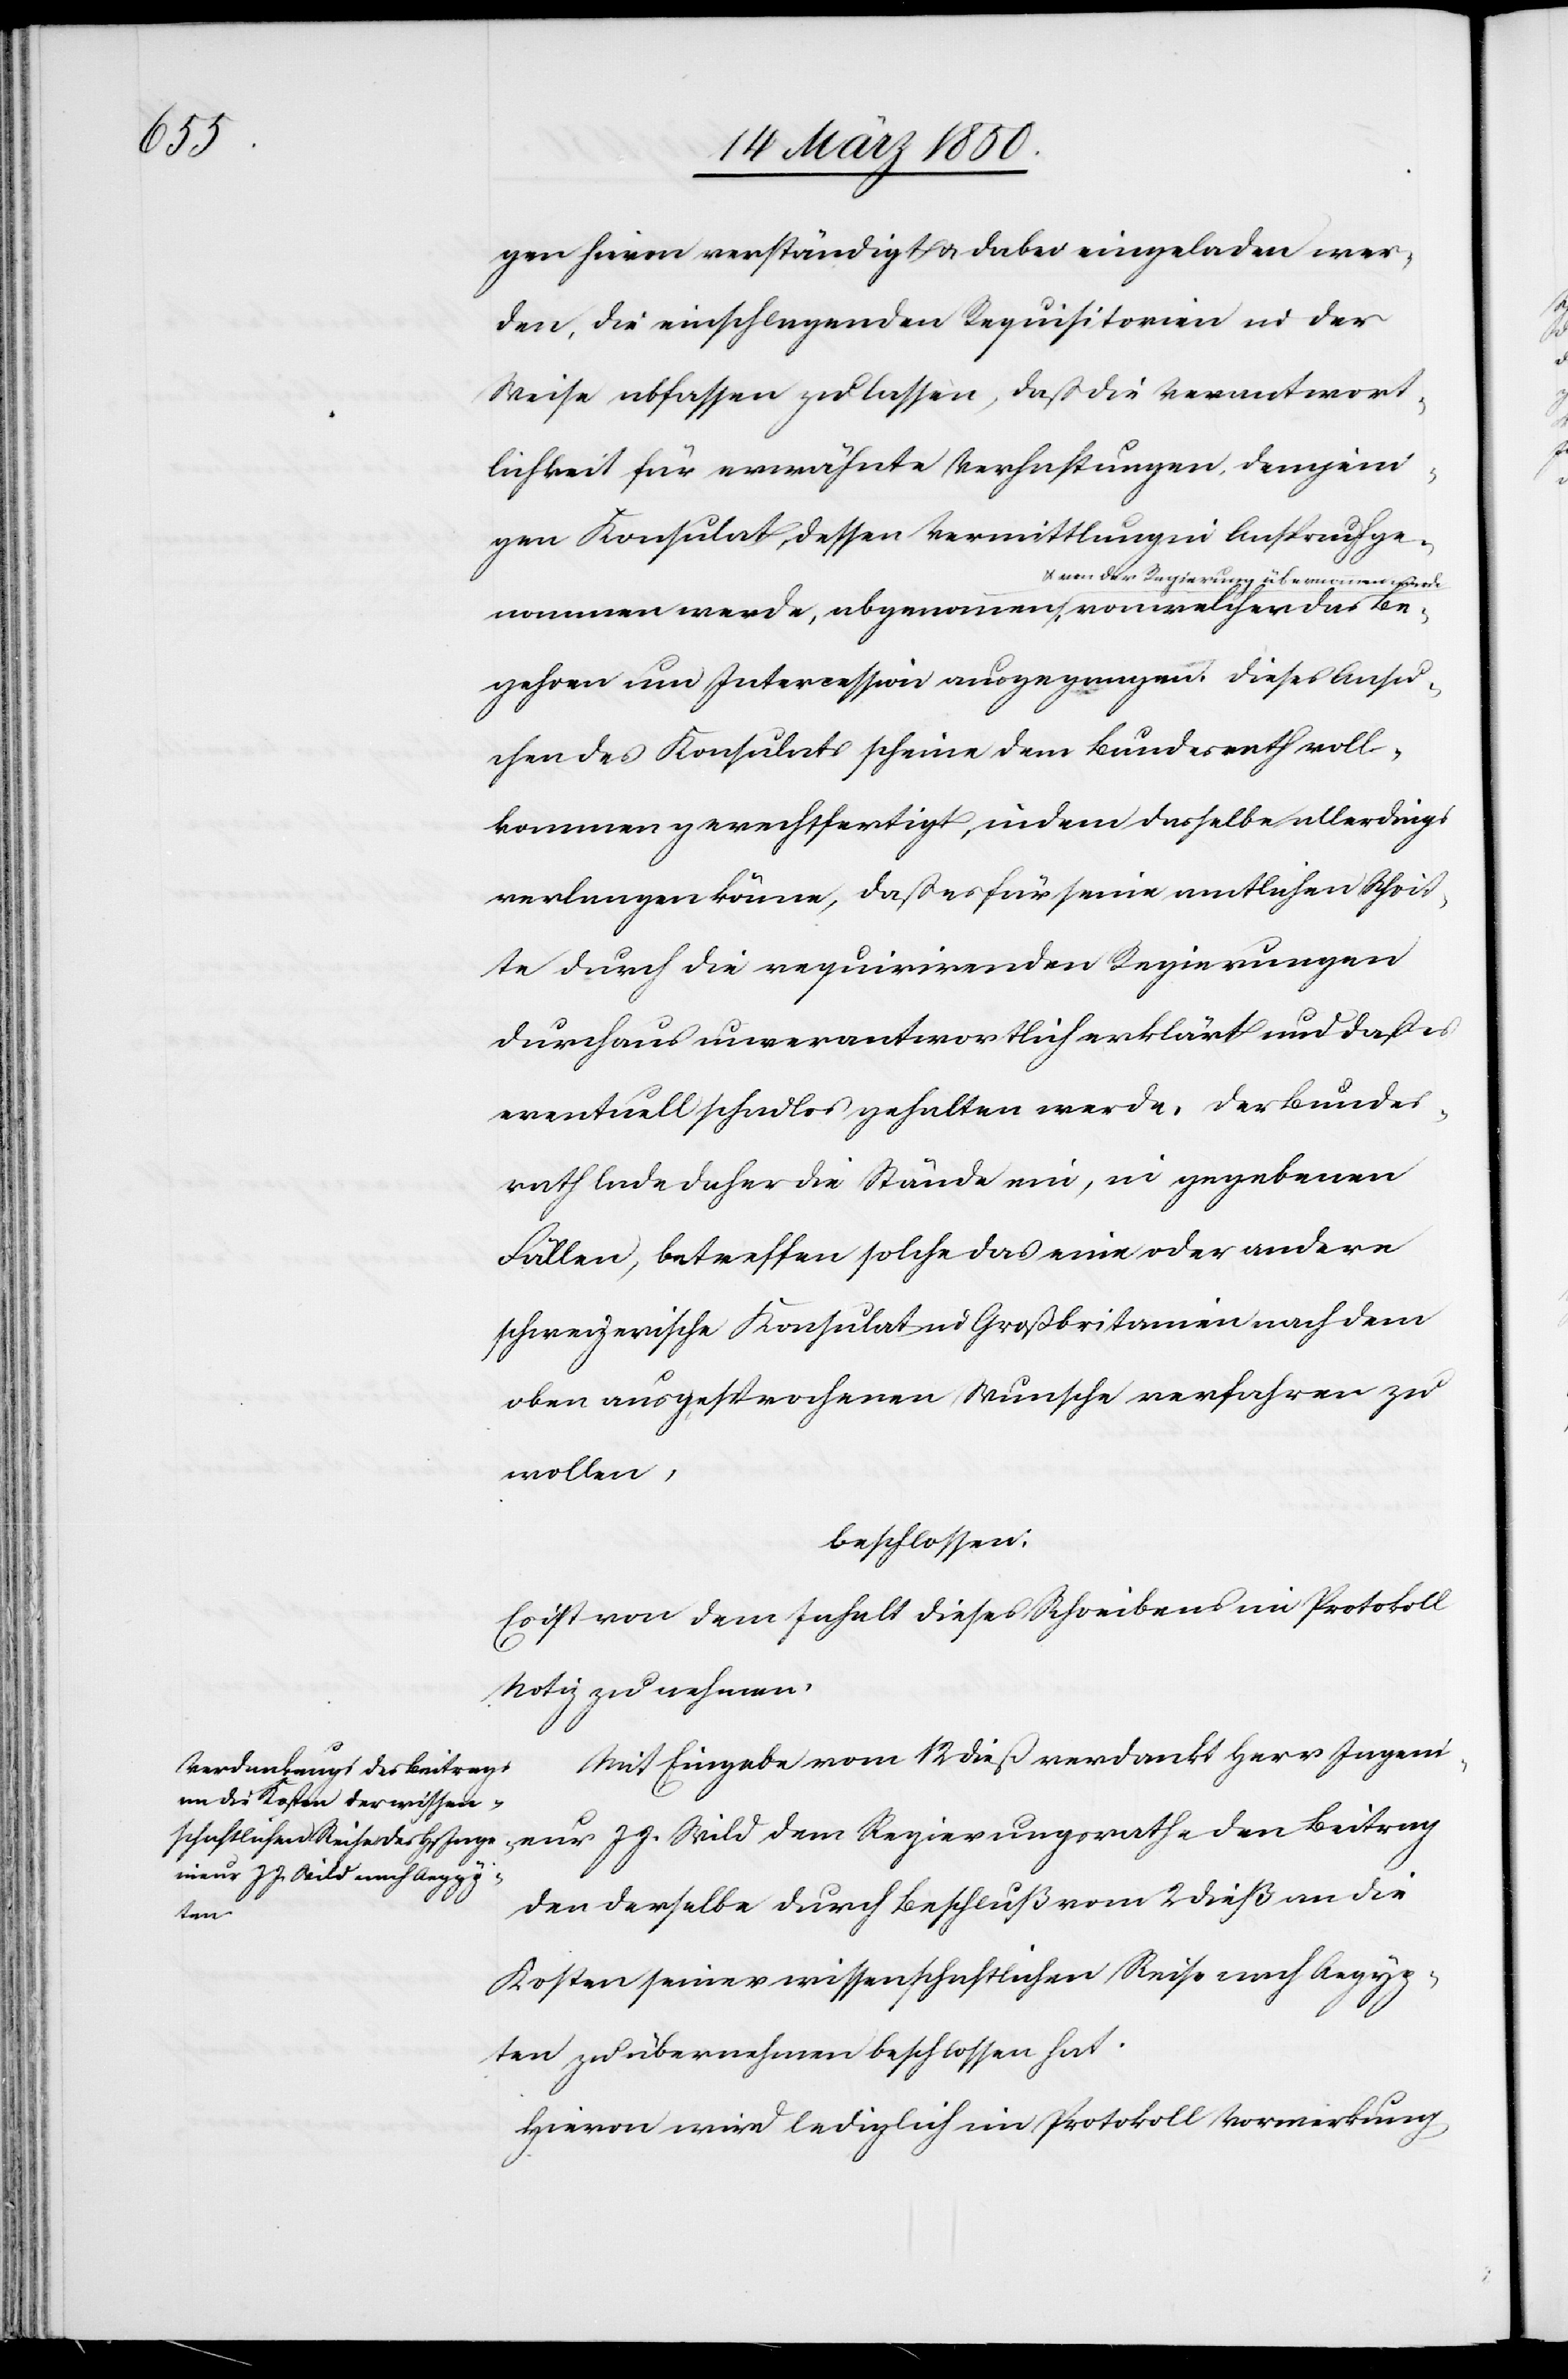
Beitrag

gen hievon verständigt u. dabei eingeladen wer¬
den, die einschlagenden Requisitorien in der
Weise abfassen zu lassen, daß die Verantwort¬
lichkeit für erwähnte Verhaftungen, demjeni¬
gen Konsulat, dessen Vermittlung in Anspruch ge¬
nommen werde, abgenommen u. von der Regie¬
gehren um Intercession ausgegangen. Dieses Ansu¬
chen des Konsulats scheine dem Bundesrath voll¬
kommen gerechtfertigt, indem dasselbe allerdings
verlangen könne, daß es für seine amtlichen Schrit¬
te durch die requirirenden Regierungen
durchaus unverantwortlich erklärt und daß es
eventuell schadlos gehalten werde. Der Bundes¬
rath lade daher die Stände ein, in gegebenen
Fällen, betreffen solche das eine oder andere
schweizerische Konsulat in Großbritannien nach dem
oben ausgesprochenen Wunsche verfahren zu
wollen,
beschlossen:
Es ist von dem Inhalt dieses Schreibens im Protokoll
Notiz zu nehmen.
Mit Eingabe vom 12 dieß verdankt Herr Ingeni¬
den derselbe durch Beschluß vom 2 dieß an die
den
Kosten seiner wissenschaftlichen Reise nach Aegyp¬
ten zu übernehmen beschlossen hat.
Hievon wird lediglich im Protokoll Vormerkung